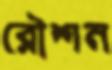
রৌশন